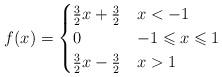
LaTeX: \begin{align*}f(x)=\begin{cases} \frac{3}{2} x+\frac{3}{2} & x < -1\\ 0 & -1 \leqslant x \leqslant 1\\ \frac{3}{2} x-\frac{3}{2} & x > 1\end{cases}\end{align*}